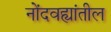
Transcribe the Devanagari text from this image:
नोंदवह्यांतील